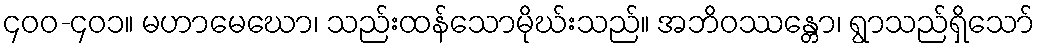
၄၀၀-၄၀၁။ မဟာမေဃော၊ သည်းထန်သောမိုဃ်းသည်။ အဘိဝဿန္တော၊ ရွာသည်ရှိသော်